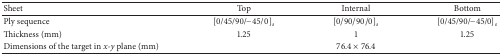
<table><thead><tr><td><b>Sheet</b></td><td><b>Top</b></td><td><b>Internal</b></td><td><b>Bottom</b></td></tr></thead><tbody><tr><td>Ply sequence</td><td>[0/45/90/−45/0]<sub><i>s</i></sub></td><td>[0/90/90/0]<sub><i>s</i></sub></td><td>[0/45/90/−45/0]<sub><i>s</i></sub></td></tr><tr><td>Thickness (mm)</td><td>1.25</td><td>1</td><td>1.25</td></tr><tr><td>Dimensions of the target in <i>x-y</i> plane (mm)</td><td colspan="3">76.4 × 76.4</td></tr></tbody></table>